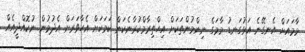
މާމައަށް އެނގޭނެ އަޅުގަނޑު މާމަގެ ނިންމުންތަކަށް އިޙްތިރާމްކުރާނެކަން ކަމަކަށް އެހާވަރަށް އެދުމުން ނުކޮއްދީއެއް